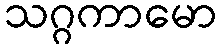
သဂ္ဂကာမော